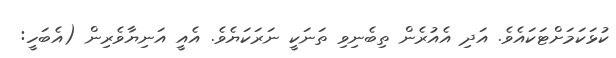
ކުޅަކަމަށްޓަކައެވެ. އަދި އެއުރެން ތިބެނިވި ތަނަކީ ނަރަކަޔެވެ. އެއީ އަނިޔާވެރިން (އެބަހީ: